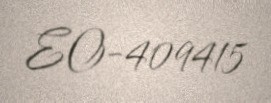
EO-409415